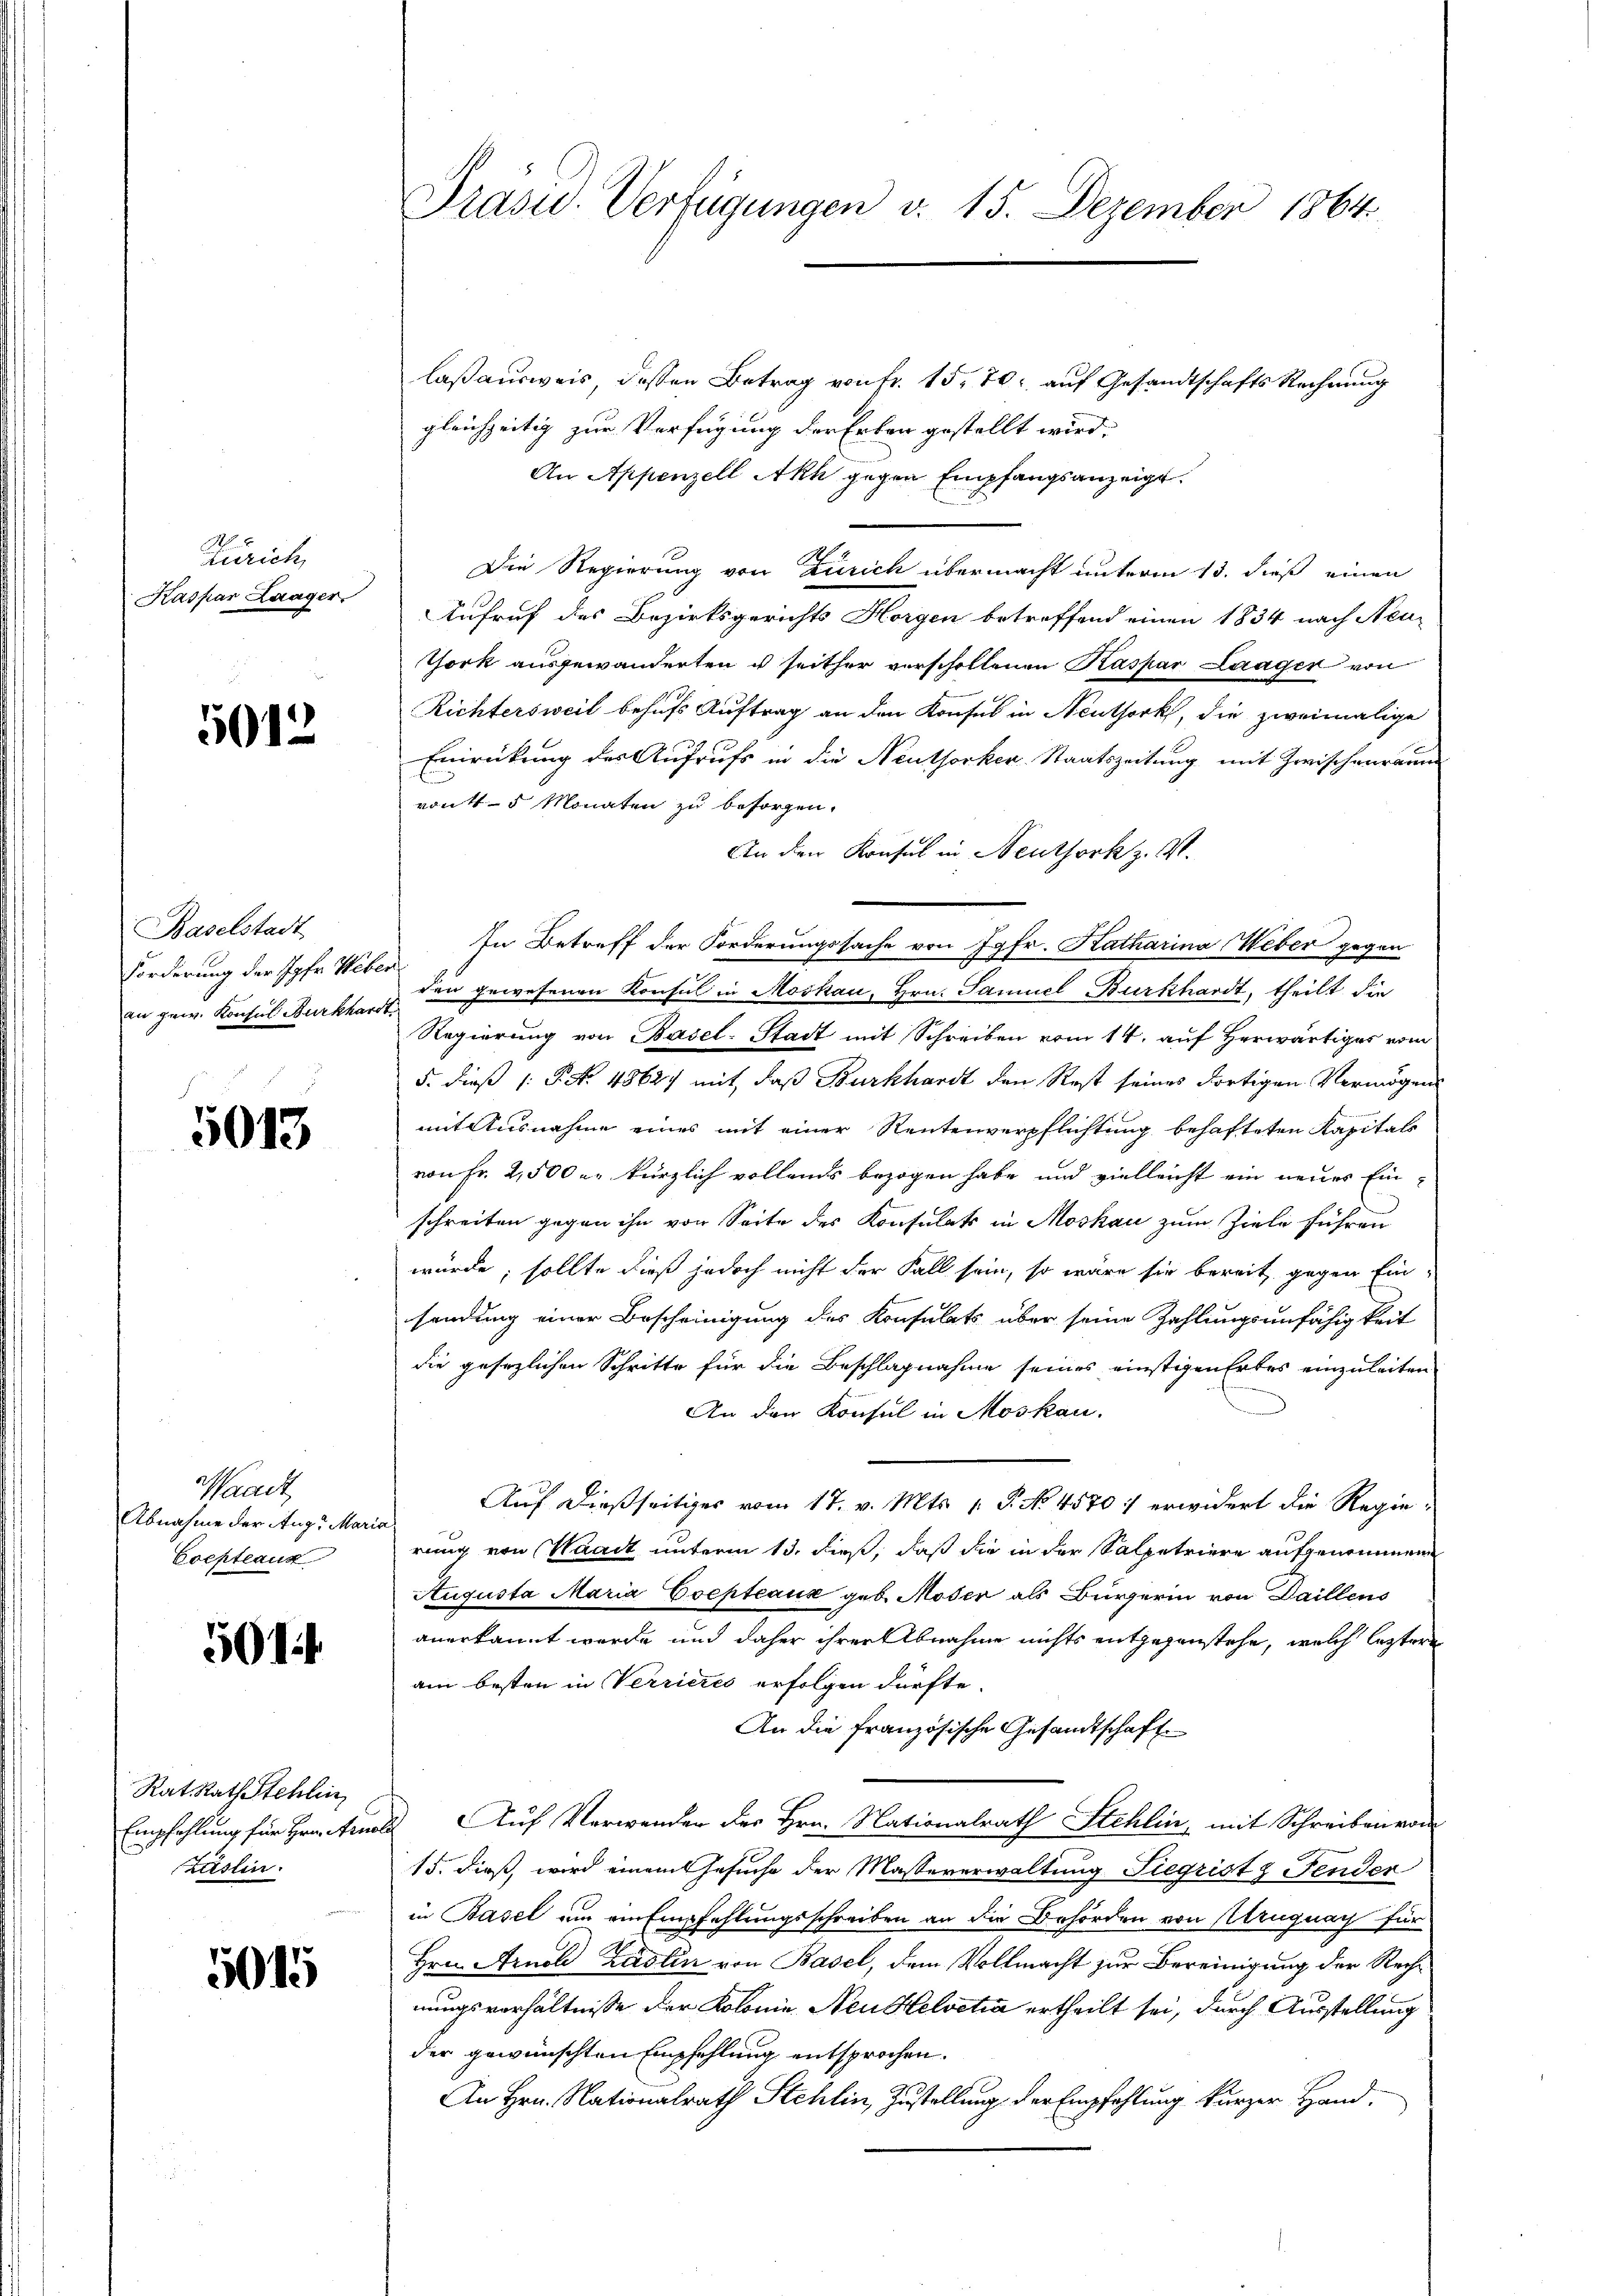
Zürich
Kaspar Laager.

5012

Baselstadt
Förderung der Jgfr. Weber.
an gew. Konsul Burkhardt

5013

Thack
Abnahme der Aug. Mari
Cocpteaux

501

Rat. Rath Stehlin
Zäslin.

5015

Präsid. Verfügungen v. 15. Dezember 1864.

laßausweis, dessen Betrag von fr. 15, 70 auf Gesandtschafts Rechnung
gleichzeitig zur Verfügung der Erben gestellt wird,
An Appenzell Akh gegen Empfangsanzeige.
Die Regierung von Zürich übermacht unterm 13. dieß einen
Aufruf des Bezirksgerichts Horgen betreffend einen 1834 nach Neu-
Thork ausgewanderten u seither verschollenen Kaspar Laager von
Richtersweil behufs Auftrag an den Konsul in Neuthork, die zweimalige
Einrückung des Aufrufs in die Neuthorker-Staatszeitung mit Zwischenraum
von 4-5 Monaten zu besorgen.
An den Konsul in Neuthork z. M.
In Betreff der Forderungssache von Jgfr. Katharina Weber gegen
den gewesenen Konsul in Moskau, Hrn. Samuel Burkhardt, theilt die
Regierung von Basel-Stadt mit Schreiben vom 14. auf Herwärtiges vom
5. dieß (: P. Nr. 48627 mit, daß Burkhardt den Rest seines dortigen Vermögens
mit Ausnahme eines mit einer Rentenverpflichtung behafteten Kapitals
von Fr. 2,500 r. kürzlich vollends bezogen habe und vielleicht ein neues Einschreiten gegen ihn von Seite des Konsulats in Moskau zum Ziele führen
würde; sollte dieß jedoch nicht der Fall sein, so wäre sie bereit gegen Einsendung einer Bescheinigung des Konsulats über seine Zahlungsunfähigkeit
die gesezlichen Schritte für die Beschlagnahme seines einstigen Erbes einzuleiten
An den Konsul in Moskau
Auf dießseitiges vom 17. v. Mts. 1. P. No 45707 erwidert die Regie¬

rung von Waadt unterm 13. dieß, daß die in der Salpetriere aufgenommene
Augusta Maria Gocpteaux geb. Moser als Bürgerin von Daillens
anerkannt werde und daher ihrer Abnahme nichts entgegenstehe, welch leztere
am besten in Verrieres erfolgen dürfte.
An die französische Gesandtschaft
Empfehlung für Hrnnkmals Auf Verwenden der Hrn. Nationalrath Stehlin, mit Schreiben von
15. dieß, wird einem Gesuche der Masseverwaltung Siegristz Fender
in Basel um ein Empfehlungsschreiben an die Behörden von Abzug nach für
Hrn. Arnol Zadlin von Basel, dem Vollmacht zur Bereinigung der Rechnungsverhältnisse der Kolonie, Neu helvetia ertheilt sei, durch Ausstellung
der gewünschten Empfehlung entsprochen.
An Hrn. Nationalrath Stehlin, Zustellung der Empfehlung kurzer Hand.